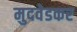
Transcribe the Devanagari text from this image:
मुदवेडकर